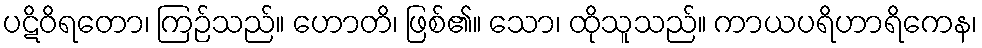
ပဋိဝိရတော၊ ကြဉ်သည်။ ဟောတိ၊ ဖြစ်၏။ သော၊ ထိုသူသည်။ ကာယပရိဟာရိကေန၊